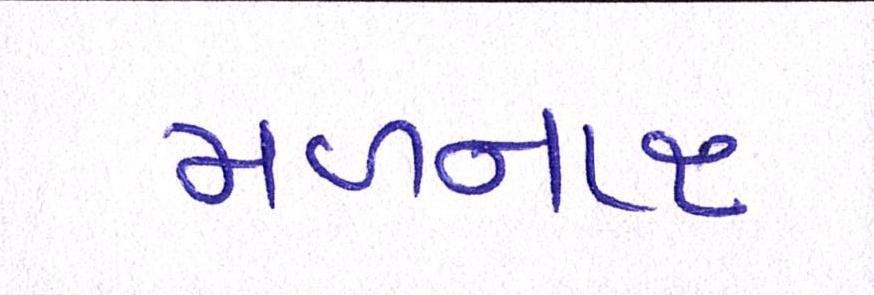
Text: મળનાર